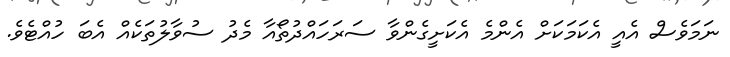
ނަމަވެސް އެއީ އެކަމަކަށް އެންމެ އެކަށީގެންވާ ސަރަހައްދުތޯއާ މެދު ސުވާލުތަކެއް އެބަ ހުއްޓެވެ.